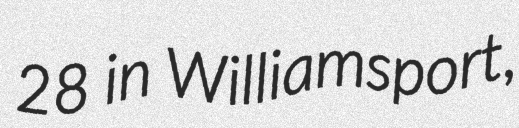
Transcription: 28 in Williamsport,